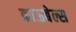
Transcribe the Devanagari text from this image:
काऊबेल्स